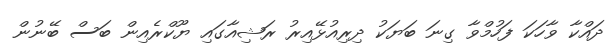
ދައްކާ ވާހަކަ ފަހުމްވާ ގިނަ ބަޔަކު ދިރިއުޅޭއިރު ރަޝިއާގައި ޔޫކްރެއިން ބަސް ބޭނުން